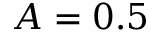
A = 0 . 5